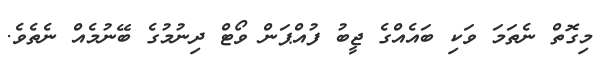
މިގޮތް ނެތަމަ ވަކި ބައެއްގެ ޖީބު ފުއްޕަން ވޯޓް ދިނުމުގެ ބޭނުމެއް ނެތެވެ.